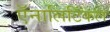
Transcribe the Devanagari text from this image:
ऍनालिटिकल